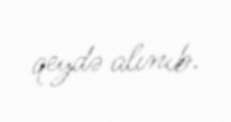
qeydə alınıb.